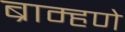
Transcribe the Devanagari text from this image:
ब्राम्हणे